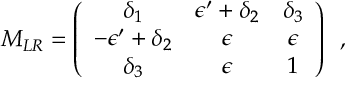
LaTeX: M _ { L R } = \left( \begin{array} { c c c } { { \delta _ { 1 } } } & { { \epsilon ^ { \prime } + \delta _ { 2 } } } & { { \delta _ { 3 } } } \\ { { - \epsilon ^ { \prime } + \delta _ { 2 } } } & { { \epsilon } } & { { \epsilon } } \\ { { \delta _ { 3 } } } & { { \epsilon } } & { { 1 } } \end{array} \right) \, \, \, ,